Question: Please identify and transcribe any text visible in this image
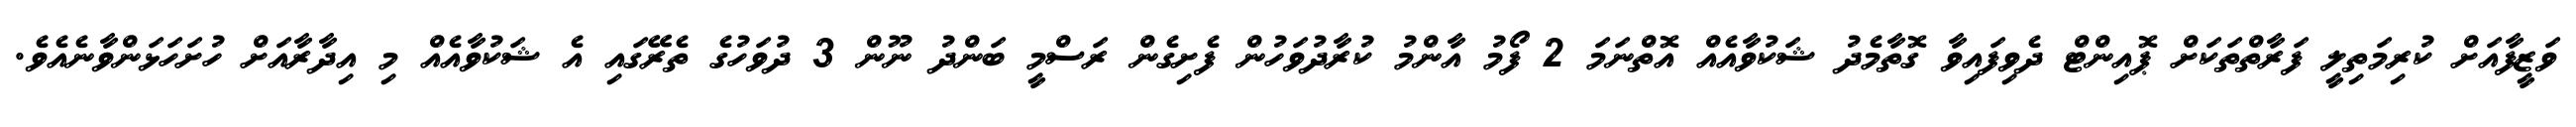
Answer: ވަޒީފާއަށް ކުރިމަތިލީ ފަރާތްތަކަށް ޕޮއިންޓް ދެވިފައިވާ ގޮތާމެދު ޝަކުވާއެއް އޮތްނަމަ 2 ފޯމު އާންމު ކުރާދުވަހުން ފެށިގެން ރަސްމީ ބަންދު ނޫން 3 ދުވަހުގެ ތެރޭގައި އެ ޝަކުވާއެއް މި އިދާރާއަށް ހުށަހަޅަންވާނެއެވެ.